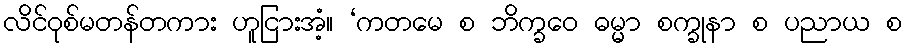
လိင်ဝုစ်မတန်တကား ဟူငြားအံ့။ ‘ကတမေ စ ဘိက္ခဝေ ဓမ္မာ စက္ခုနာ စ ပညာယ စ